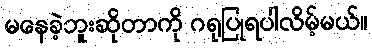
မနေခဲ့ဘူးဆိုတာကို ဂရုပြုရပါလိမ့်မယ်။